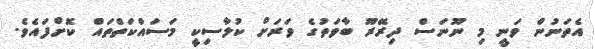
އެތަނުން ވަނީ މި ނޫނަސް ދިރޭރޫ ބާވަތުގެ ވަރަށް ކުލާސިކީ މަސައްކަތްތައް ކޮށްފައެވެ.